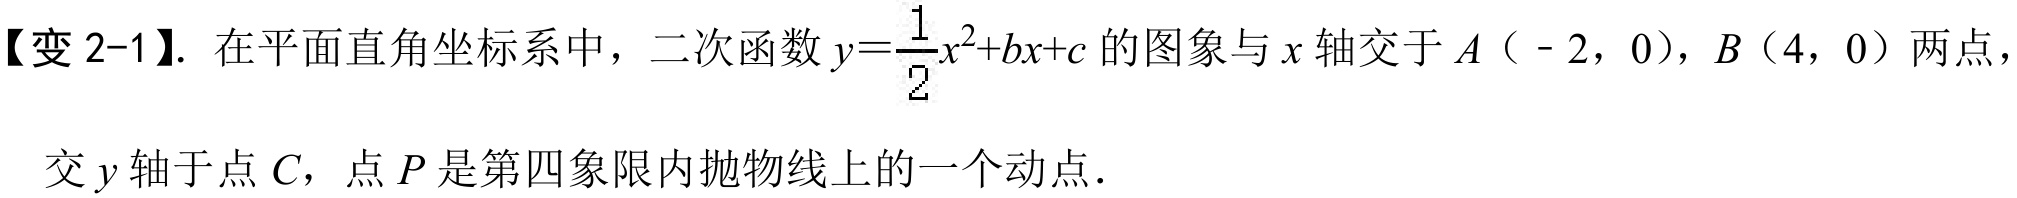
【变 2-1】. 在平面直角坐标系中，二次函数\(y = \frac{1}{2}x^{2}+bx + c\)的图象与\(x\)轴交于\(A(-2,0)\)，\(B(4,0)\)两点，交\(y\)轴于点\(C\)，点\(P\)是第四象限内抛物线上的一个动点．